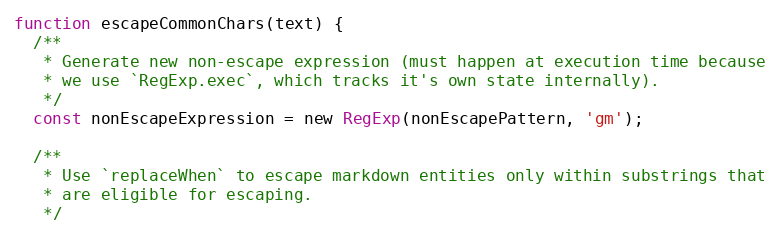
Language: JavaScript
function escapeCommonChars(text) {
  /**
   * Generate new non-escape expression (must happen at execution time because
   * we use `RegExp.exec`, which tracks it's own state internally).
   */
  const nonEscapeExpression = new RegExp(nonEscapePattern, 'gm');

  /**
   * Use `replaceWhen` to escape markdown entities only within substrings that
   * are eligible for escaping.
   */